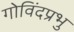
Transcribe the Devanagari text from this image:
गोविंदप्रभु